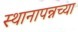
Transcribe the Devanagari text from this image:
स्थानापन्नच्या